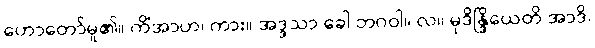
ဟောတော်မူ၏။ ကိံအာဟ၊ ကား။ အဒ္ဒသာ ခေါ ဘဂဝါ။ လ။ မုဒိန္ဒြိယေတိ အာဒိ၊